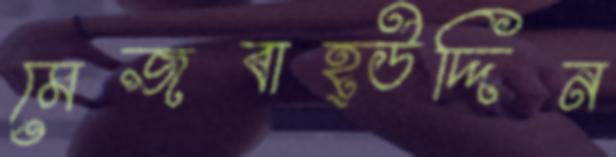
মেজবাহ্উদ্দিন